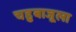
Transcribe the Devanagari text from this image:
चहुबाजूला